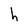
Character: h